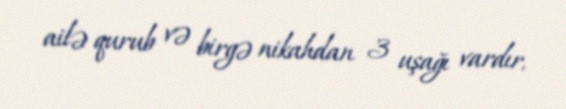
ailə qurub və birgə nikahdan 3 uşağı vardır.